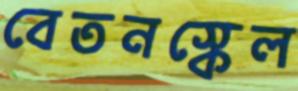
বেতনস্কেল